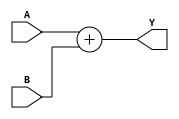
module adder (A, B, Y);
    input [7:0] A, B;
    output [7:0] Y;
    assign Y = A + B;
endmodule

module multiplier (A, B, Y);
    input [7:0] A, B;
    output [7:0] Y;
    assign Y = A * B;
endmodule